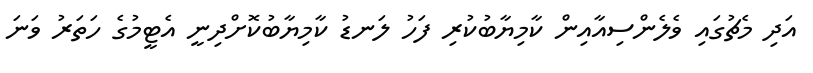
އަދި މެޗުގައި ވެލެންސިއާއިން ކާމިޔާބުކުރި ފަހު ލަނޑު ކާމިޔާބުކޮށްދިނީ އެޓީމުގެ ހަތަރު ވަނަ